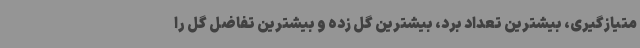
متیازگیری، بیشترین تعداد برد، بیشترین گل زده و بیشترین تفاضل گل را